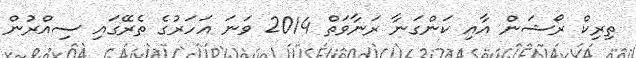
ތިރިކް ރޯޝަން އާއި ކަންގަނާ ރަނާވަތް 2014 ވަނަ އަހަރުގެ ތެރޭގައި ސިއްރުން